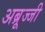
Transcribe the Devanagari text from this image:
अब्रूज्जी